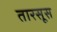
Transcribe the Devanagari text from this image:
तारसूस